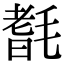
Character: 𣯆